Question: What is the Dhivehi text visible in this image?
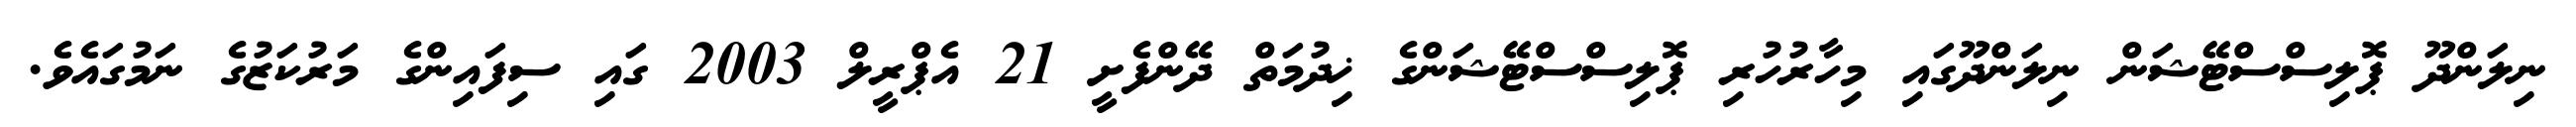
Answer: ނިލަންދޫ ޕޮލިސްސްޓޭޝަން ނިލަންދޫގައި މިހާރުހުރި ޕޮލިސްސްޓޭޝަންގެ ޚިދުމަތް ދޭންފެށީ 21 އެޕްރީލް 2003 ގައި ސިފައިންގެ މަރުކަޒުގެ ނަމުގައެވެ.